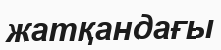
жатқандағы